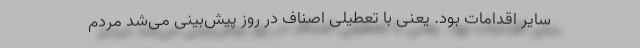
سایر اقدامات بود. یعنی با تعطیلی اصناف در روز پیش‌بینی می‌شد مردم